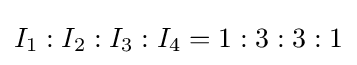
I_{1}:I_{2}:I_{3}:I_{4}=1:3:3:1